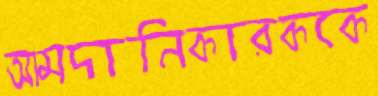
আমদানিকারককে